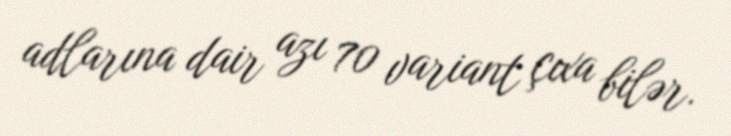
adlarına dair azı 70 variant çıxa bilər.